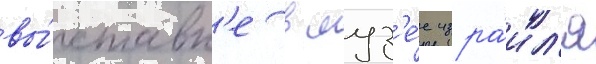
вы́ставк'е в муз'е́е изра́ил'я